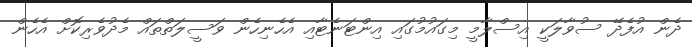
ދެން އުފެދޭ ސުވާލަކީ އިސްލާމީ މިގައުމުގައި އިންޓަނެޓާއި އެހެނިހެން ވަސީލަތްތައް މެދުވެރިކޮށް އެހެން